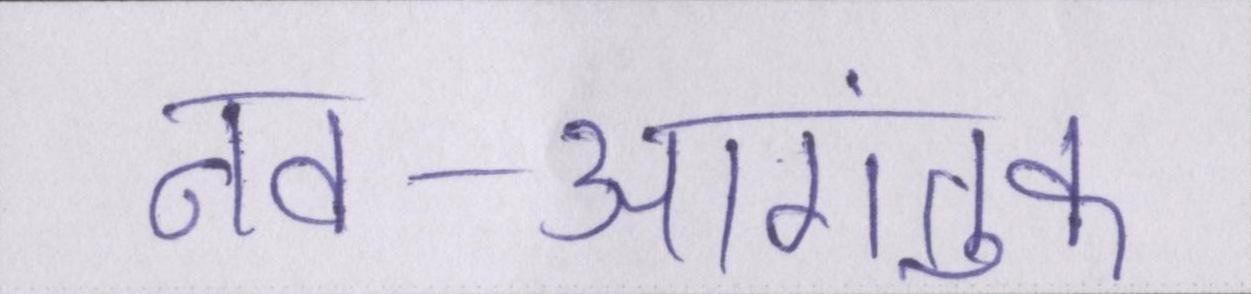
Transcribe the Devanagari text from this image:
नव-आगंतुक